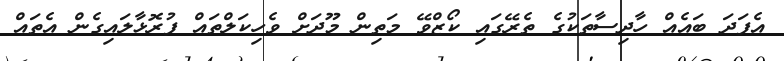
އެފަދަ ބައެއް ހާދިސާތަކުގެ ތެރޭގައި ކޯޒްވޭ މަތިން މޫދަށް ވެހިކަލްތައް ފުރޮޅާލައިގެން އެތައް